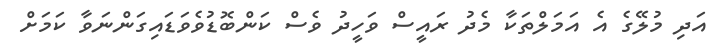
އަދި މުލޭގެ އެ އަމަލްތަކާ މެދު ރައީސް ވަހީދު ވެސް ކަންބޮޑުވެވަޑައިގަންނަވާ ކަމަށް